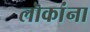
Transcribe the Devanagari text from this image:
लॊकांना